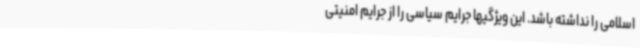
اسلامی را نداشته باشد. این ویژگیها جرایم سیاسی را از جرایم امنیتی